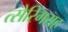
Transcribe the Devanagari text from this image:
त्सेरिंगसह